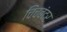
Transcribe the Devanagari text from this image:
चिंचबंदर